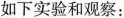
如下实验和观察：